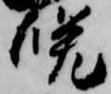
晩